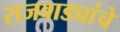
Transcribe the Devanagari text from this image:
राजवाड्यांचे